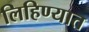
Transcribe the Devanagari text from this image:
लिहिण्‍यात